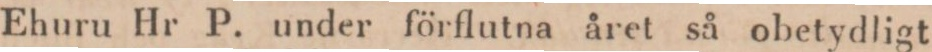
Ehuru Hr P. under förflutna året så obetydligt